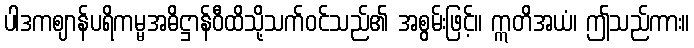
ပါဒကဈာန်ပရိကမ္မအဓိဋ္ဌာန်ဝီထိသို့သက်ဝင်သည်၏ အစွမ်းဖြင့်။ ဣတိအယံ၊ ဤသည်ကား။